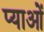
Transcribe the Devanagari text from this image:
प्याओं